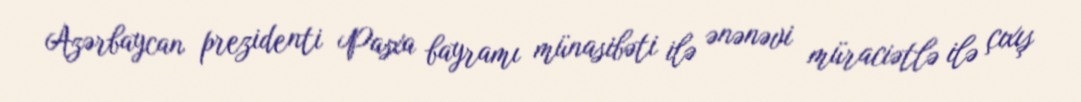
Azərbaycan prezidenti Pasxa bayramı münasibəti ilə ənənəvi müraciətlə ilə çıxış